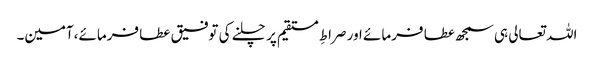
اللہ تعالی ہی سمجھ عطا فرمائے اور صراطِ مستقیم پر چلنے کی توفیق عطا فرمائے،آمین۔